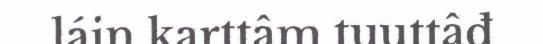
láin karttâm tuuttâđ